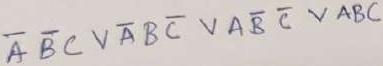
Text: ABCVABCVABCVABC